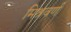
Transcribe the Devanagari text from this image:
मिश्रवर्ण